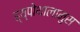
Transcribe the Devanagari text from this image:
ह्य्पोथालामुस